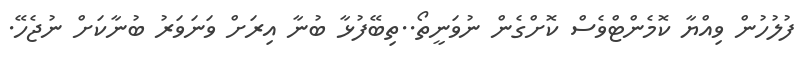
ފުލުހުން ވިއްޔާ ކޮމެންޓްވެސް ކޮށްގެން ނުވަނީތޯ..ތިބޭފުޅާ ބުނާ އިރަށް ވަނަވަރު ބުނާކަށް ނުޖެހޭ.